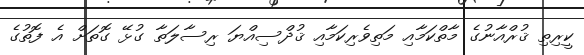
ކީރިތި ޤުރްއާނުގެ މާތްކަމާއި މަތިވެރިކަމާއި ޤުދްސިއްޔަ ރިސާލަތާ ގުޅޭ ގޮތަށް އެ ފޮތުގެ